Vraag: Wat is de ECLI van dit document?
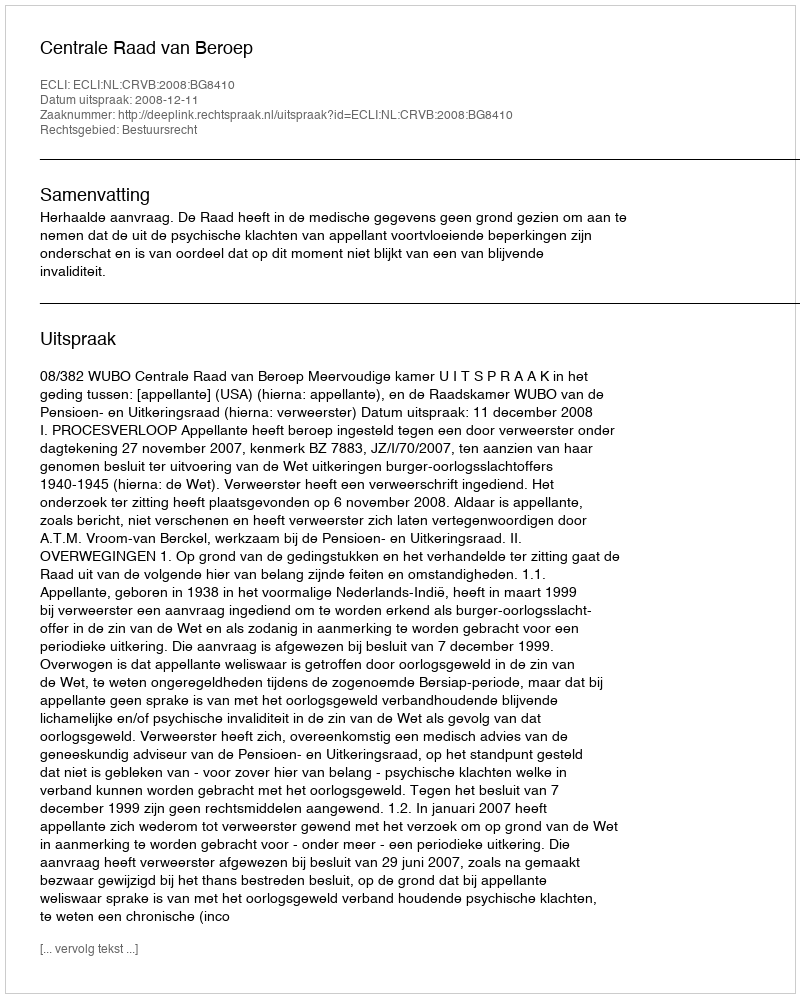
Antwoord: ECLI:NL:CRVB:2008:BG8410